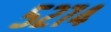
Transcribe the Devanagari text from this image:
५२७४